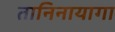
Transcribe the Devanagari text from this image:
तानिनायागा